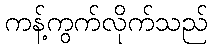
ကန့်ကွက်လိုက်သည်